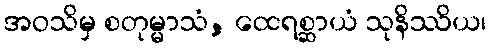
အဝသိမှ စတုမ္မာသံ, ထေရစ္ဆာယံ သုနိဿိယ၊